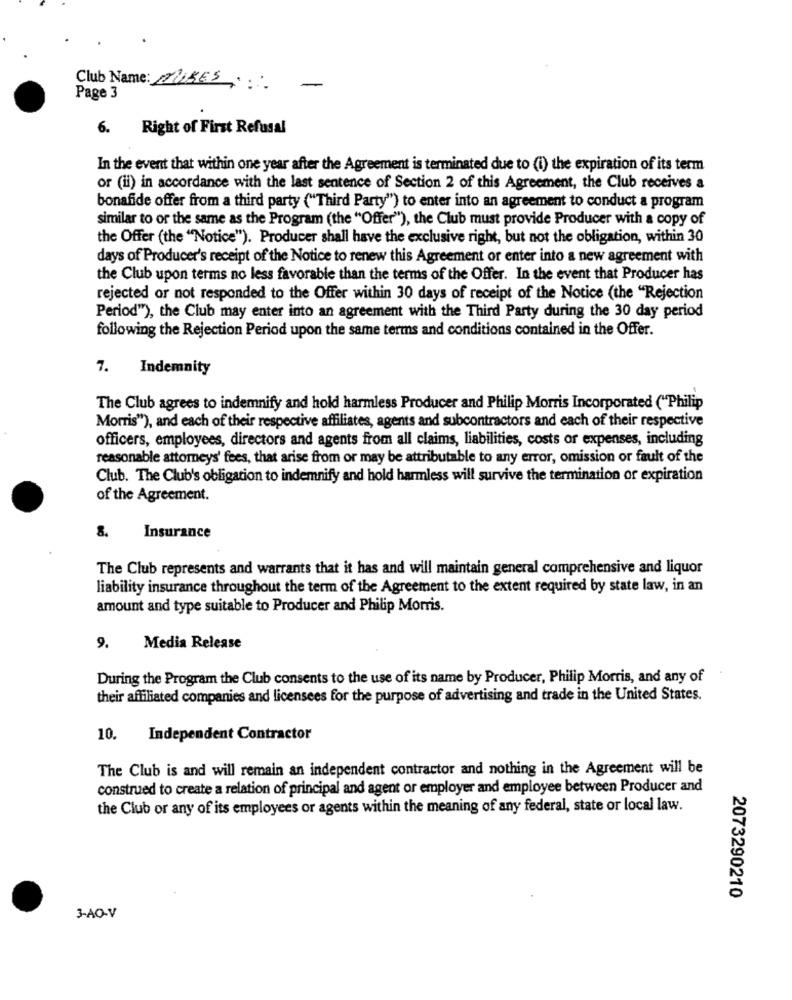
Club Name: MUSES
....
Page 3
6. Right of First Refusal
In the event that within one year after the Agreement is terminated due to (i) the expiration of its term
or (ii) in accordance with the last sentence of Section 2 of this Agreement, the Club receives a
bonafide offer from a third party ("Third Party") to enter into an agreement to conduct a program
similar to or the same as the Program (the "Offer"), the Club must provide Producer with a copy of
the Offer (the "Notice"). Producer shall have the exclusive right, but not the obligation, within 30
days of Producer's receipt of the Notice to renew this Agreement or enter into a new agreement with
the Club upon terms no less favorable than the terms of the Offer. In the event that Producer has
rejected or not responded to the Offer within 30 days of receipt of the Notice (the "Rejection
Period""), the Club may enter into an agreement with the Third Party during the 30 day period
following the Rejection Period upon the same terms and conditions contained in the Offer.
7.
Indemnity
The Club agrees to indemnify and hold harmless Producer and Philip Morris Incorporated ("Philip
Morris"), and each of their respective affiliates, agents and subcontractors and each of their respective
officers, employees, directors and agents from all claims, liabilities, costs or expenses, including
reasonable attorneys' fees, that arise from or may be attributable to any error, omission or fault of the
Club. The Club's obligation to indemnify and hold harmless will survive the termination or expiration
of the Agreement.
8.
Insurance
The Club represents and warrants that it has and will maintain general comprehensive and liquor
liability insurance throughout the term of the Agreement to the extent required by state law, in an
amount and type suitable to Producer and Philip Morris.
9.
Media Release
During the Program the Club consents to the use of its name by Producer, Philip Morris, and any of
their affiliated companies and licensees for the purpose of advertising and trade in the United States.
10.
Independent Contractor
The Club is and will remain an independent contractor and nothing in the Agreement will be
construed to create a relation of principal and agent or employer and employee between Producer and
the Club or any of its employees or agents within the meaning of any federal, state or local law.
2073290210
3-AO-V